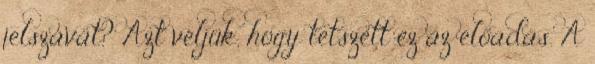
jelszavát? Azt véljük, hogy tetszett ez az előadás. A